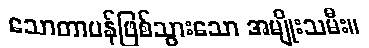
သောတာပန်ဖြစ်သွားသော အမျိုးသမီး။